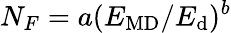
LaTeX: N_{F}=a(E_{\mathrm{MD}}/E_{\mathrm{d}})^{b}